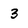
Character: 3